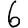
Digit: 6